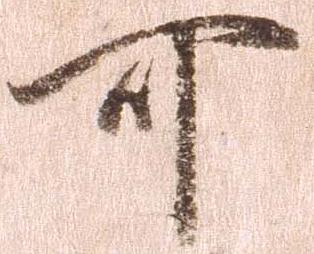
可